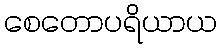
စေတောပရိယာယ